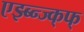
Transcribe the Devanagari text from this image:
एझ्ब्न्ज्क्फ्